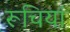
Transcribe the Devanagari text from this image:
रूचियां